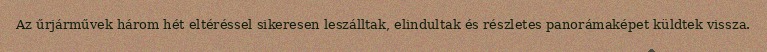
Az űrjárművek három hét eltéréssel sikeresen leszálltak, elindultak és részletes panorámaképet küldtek vissza.